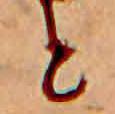
と